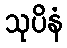
သုပိနံ